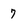
Character: 7